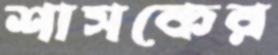
শাসকের